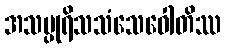
အသပ္ပုရိသသံသေဝေါတိဿ